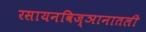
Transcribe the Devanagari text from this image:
रसायनविज्ञानातली